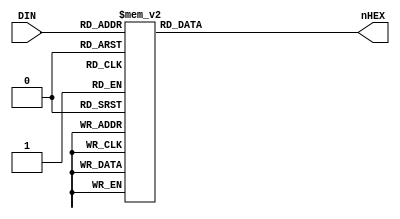
module SEG7DEC (DIN, nHEX);
  input [3:0] DIN;
  output reg [7:0] nHEX;

  always @ (DIN) begin
    case (DIN)
      4'h0: // 0
		    nHEX <= 8'b11000000;
      4'h1: // 1
        nHEX <= 8'b11111001;
      4'h2: // 2
        nHEX <= 8'b10100100;
      4'h3: // 3
        nHEX <= 8'b10110000;
      4'h4: // 4
        nHEX <= 8'b10011001;
      4'h5: // 5
        nHEX <= 8'b10010010;
      4'h6: // 6
        nHEX <= 8'b10000010;
      4'h7: // 7
        nHEX <= 8'b11011000;
      4'h8: // 8
        nHEX <= 8'b10000000;
      4'h9: // 9
        nHEX <= 8'b10010000;
      4'ha: // A
        nHEX <= 8'b10001000;
      4'hb: // b
        nHEX <= 8'b10000011;
      4'hc: // C
        nHEX <= 8'b11000110;
      4'hd: // d
        nHEX <= 8'b10100001;
      4'he: // E
        nHEX <= 8'b10000110;
		4'hf: // F
		  nHEX <= 8'b10001110;
      default:
        nHEX <= 8'b10111111;
    endcase
  end
endmodule